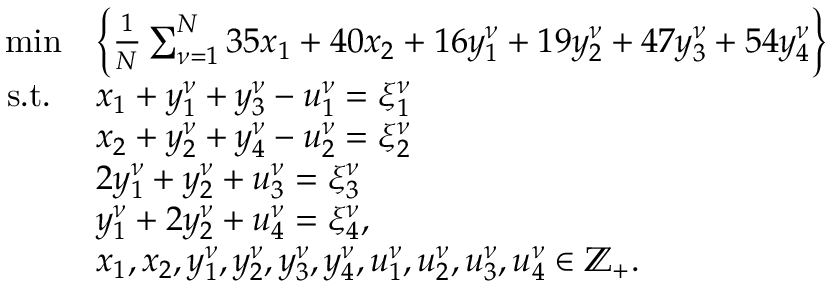
\begin{array} { r l } { \operatorname* { m i n } } & { \left\{ \frac { 1 } { N } \sum _ { \nu = 1 } ^ { N } 3 5 x _ { 1 } + 4 0 x _ { 2 } + 1 6 y _ { 1 } ^ { \nu } + 1 9 y _ { 2 } ^ { \nu } + 4 7 y _ { 3 } ^ { \nu } + 5 4 y _ { 4 } ^ { \nu } \right\} } \\ { \mathrm { s . t . ~ } } & { x _ { 1 } + y _ { 1 } ^ { \nu } + y _ { 3 } ^ { \nu } - u _ { 1 } ^ { \nu } = \xi _ { 1 } ^ { \nu } } \\ & { x _ { 2 } + y _ { 2 } ^ { \nu } + y _ { 4 } ^ { \nu } - u _ { 2 } ^ { \nu } = \xi _ { 2 } ^ { \nu } } \\ & { 2 y _ { 1 } ^ { \nu } + y _ { 2 } ^ { \nu } + u _ { 3 } ^ { \nu } = \xi _ { 3 } ^ { \nu } } \\ & { y _ { 1 } ^ { \nu } + 2 y _ { 2 } ^ { \nu } + u _ { 4 } ^ { \nu } = \xi _ { 4 } ^ { \nu } , } \\ & { x _ { 1 } , x _ { 2 } , y _ { 1 } ^ { \nu } , y _ { 2 } ^ { \nu } , y _ { 3 } ^ { \nu } , y _ { 4 } ^ { \nu } , u _ { 1 } ^ { \nu } , u _ { 2 } ^ { \nu } , u _ { 3 } ^ { \nu } , u _ { 4 } ^ { \nu } \in \mathbb { Z } _ { + } . } \end{array}